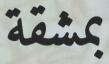
بمشقة